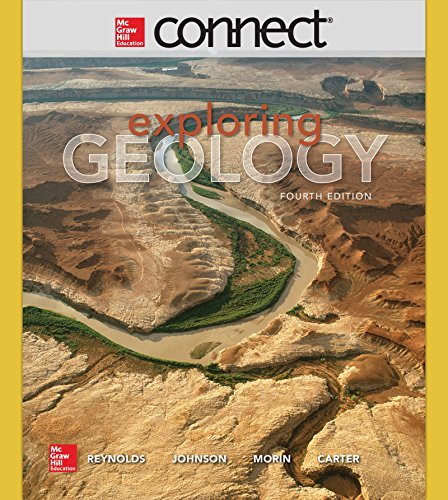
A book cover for Connect Access Card for Exploring Geology; Stephen Reynolds; Science & Math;